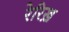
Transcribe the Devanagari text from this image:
रेरिख़